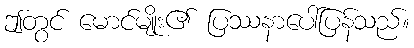
ဤတွင် မောင်မျိုး၏ ပြဿနာပေါ်ပြန်သည်။